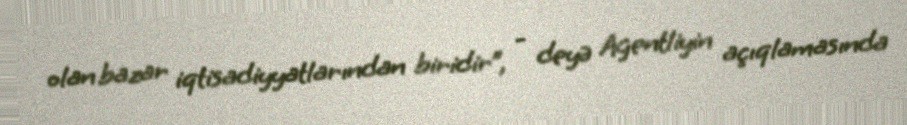
olan bazar iqtisadiyyatlarından biridir”, - deyə Agentliyin açıqlamasında